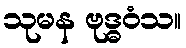
သုမန ဗုဒ္ဓဝံသ။